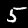
Label: 5